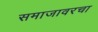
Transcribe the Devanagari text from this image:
समाजावरचा